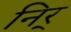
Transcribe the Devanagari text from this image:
निर्